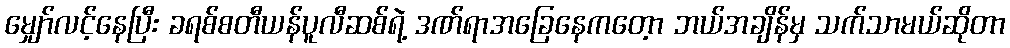
မျှော်လင့်နေပြီး ခရစ်စတီယန်ပူလီဆစ်ရဲ့ ဒဏ်ရာအခြေနေကတေ့ာ ဘယ်အချိန်မှ သက်သာမယ်ဆိုတာ